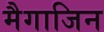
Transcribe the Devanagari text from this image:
मैगाजिन